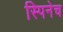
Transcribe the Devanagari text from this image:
स्पिनेच